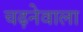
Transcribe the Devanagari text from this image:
चढ़नेवाला